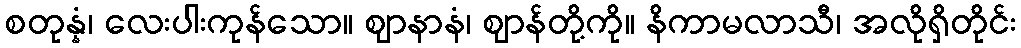
စတုန္နံ၊ လေးပါးကုန်သော။ ဈာနာနံ၊ ဈာန်တို့ကို။ နိကာမလာသီ၊ အလိုရှိတိုင်း